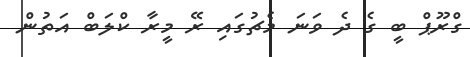
ގްރޫޕް ބީ ގެ ދެ ވަނަ މެޗުގައި ރޭ މީރާ ކްލަބް އަތުން